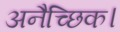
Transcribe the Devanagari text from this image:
अनैच्छिक।